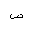
Letter: _sad